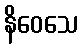
နိဝေသေ